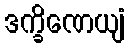
ဒက္ခိဏေယျံ